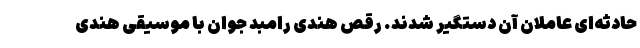
حادثه‌ای عاملان آن دستگیر شدند. رقص هندی رامبد جوان با موسیقی هندی